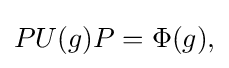
\displaystyle {PU(g)P=\Phi (g),}